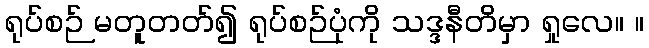
ရုပ်စဉ် မတူတတ်၍ ရုပ်စဉ်ပုံကို သဒ္ဒနီတိမှာ ရှုလေ။ ။